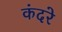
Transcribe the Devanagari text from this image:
कंदरे